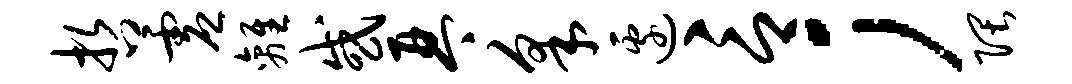
哲虚离或琴采边言；隈